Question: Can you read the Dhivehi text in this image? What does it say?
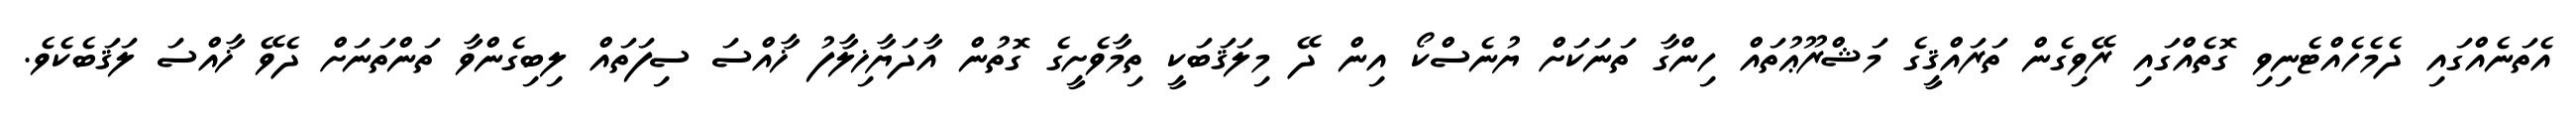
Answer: އެތަނެއްގައި ދެމެހެއްޓެނިވި ގޮތެއްގައި ރޭވިގެން ތަރައްޤީގެ މަޝްރޫޢުތައް ހިންގާ ތަނަކަށް ޔުނެސްކޯ އިން ދޭ މިލަޤަބަކީ ތިމާވެށީގެ ގޮތުން އާދަޔާޚިލާފު ޚާއްސަ ސިފަތައް ލިބިގެންވާ ތަންތަނަށް ދެވޭ ޚާއްސަ ލަޤަބެކެވެ.